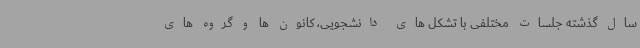
سال گذشته جلسات مختلفی با تشکل های دانشجویی، کانون ها و گروه های